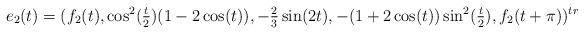
LaTeX: \begin{align*}e_2(t) = (f_2(t),\cos^2(\tfrac{t}{2})(1-2\cos(t)),-\tfrac{2}{3}\sin(2t), -(1+ 2\cos(t))\sin^2(\tfrac{t}{2}),f_2(t+\pi))^{tr}\end{align*}